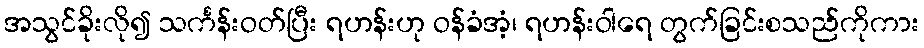
အသွင်ခိုးလို၍ သင်္ကန်းဝတ်ပြီး ရဟန်းဟု ဝန်ခံအံ့၊ ရဟန်းဝါရေ တွက်ခြင်းစသည်ကိုကား